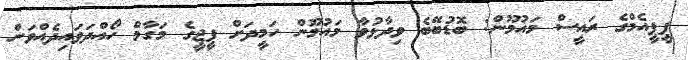
ޕީޕީއެމްގެ ރައީސް މައުމޫން: ބޮޑުބޭބެ ވިދާޅުވާ މައުމޫން ހަމީދަށް ޕީޖީގެ މަގާމް ހޯއްދަވައިދެއްވަން